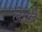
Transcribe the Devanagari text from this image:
लेमले